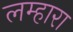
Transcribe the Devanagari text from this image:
लम्हारा